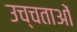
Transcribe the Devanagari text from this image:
उच्चताओं